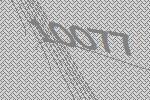
10077